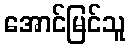
အောင်မြင်သူ